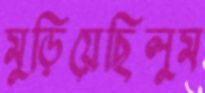
মুড়িয়েছিলুম